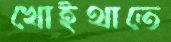
খোইথাতে